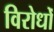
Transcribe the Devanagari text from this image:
विरोधोँ